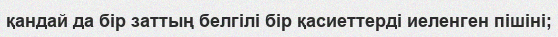
қандай да бір заттың белгілі бір қасиеттерді иеленген пішіні;